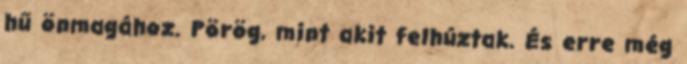
hű önmagához. Pörög, mint akit felhúztak. És erre még